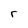
Character: r